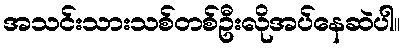
အသင်းသားသစ်တစ်ဦးလိုအပ်နေဆဲပါ။